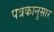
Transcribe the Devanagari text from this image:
पत्रकानुसार